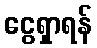
ငွေရှာရန်